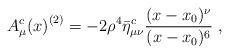
LaTeX: \begin{align*}{A^{c}_\mu(x)}^{(2)} =-2 \rho^4 \bar\eta^c_{\mu\nu} {(x - x_0)^\nu\over (x - x_0)^6}~,\end{align*}